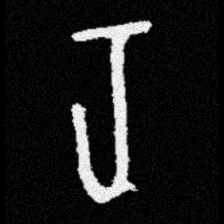
Pyu character \u2014 Myanmar letter: ရ (romanized: ra)